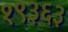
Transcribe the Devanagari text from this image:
१९३६३